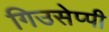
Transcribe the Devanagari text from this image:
गिउसेप्पी